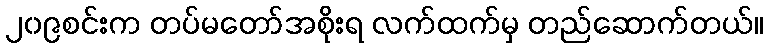
၂၀၉စင်းက တပ်မတော်အစိုးရ လက်ထက်မှ တည်ဆောက်တယ်။